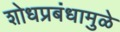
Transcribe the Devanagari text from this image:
शोधप्रबंधामुळे